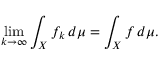
\operatorname* { l i m } _ { k \to \infty } \int _ { X } f _ { k } \, d \mu = \int _ { X } f \, d \mu .